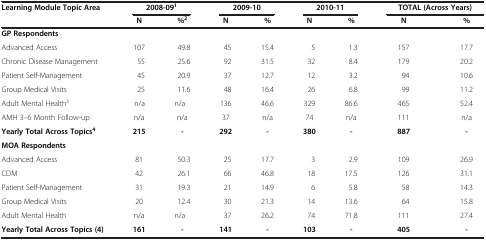
<table><thead><tr><td rowspan="2"><b>Learning Module Topic Area</b></td><td colspan="2"><b>2008-09<sup>1</sup></b></td><td colspan="2"><b>2009-10</b></td><td colspan="2"><b>2010-11</b></td><td colspan="2"><b>TOTAL (Across Years)</b></td></tr><tr><td><b>N</b></td><td><b>%<sup>2</sup></b></td><td><b>N</b></td><td><b>%</b></td><td><b>N</b></td><td><b>%</b></td><td><b>N</b></td><td><b>%</b></td></tr></thead><tbody><tr><td colspan="9"><b>GP Respondents</b></td></tr><tr><td>Advanced Access</td><td>107</td><td>49.8</td><td>45</td><td>15.4</td><td>5</td><td>1.3</td><td>157</td><td>17.7</td></tr><tr><td>Chronic Disease Management</td><td>55</td><td>25.6</td><td>92</td><td>31.5</td><td>32</td><td>8.4</td><td>179</td><td>20.2</td></tr><tr><td>Patient Self-Management</td><td>45</td><td>20.9</td><td>37</td><td>12.7</td><td>12</td><td>3.2</td><td>94</td><td>10.6</td></tr><tr><td>Group Medical Visits</td><td>25</td><td>11.6</td><td>48</td><td>16.4</td><td>26</td><td>6.8</td><td>99</td><td>11.2</td></tr><tr><td>Adult Mental Health<sup>3</sup></td><td>n/a</td><td>n/a</td><td>136</td><td>46.6</td><td>329</td><td>86.6</td><td>465</td><td>52.4</td></tr><tr><td>AMH 3–6 Month Follow-up</td><td>n/a</td><td>n/a</td><td>37</td><td>n/a</td><td>74</td><td>n/a</td><td>111</td><td>n/a</td></tr><tr><td><b>Yearly Total Across Topics</b><sup><b>4</b></sup></td><td><b>215</b></td><td><b>-</b></td><td><b>292</b></td><td><b>-</b></td><td><b>380</b></td><td><b>-</b></td><td><b>887</b></td><td><b>-</b></td></tr><tr><td colspan="9"><b>MOA Respondents</b></td></tr><tr><td>Advanced Access</td><td>81</td><td>50.3</td><td>25</td><td>17.7</td><td>3</td><td>2.9</td><td>109</td><td>26.9</td></tr><tr><td>CDM</td><td>42</td><td>26.1</td><td>66</td><td>46.8</td><td>18</td><td>17.5</td><td>126</td><td>31.1</td></tr><tr><td>Patient Self-Management</td><td>31</td><td>19.3</td><td>21</td><td>14.9</td><td>6</td><td>5.8</td><td>58</td><td>14.3</td></tr><tr><td>Group Medical Visits</td><td>20</td><td>12.4</td><td>30</td><td>21.3</td><td>14</td><td>13.6</td><td>64</td><td>15.8</td></tr><tr><td>Adult Mental Health</td><td>n/a</td><td>n/a</td><td>37</td><td>26.2</td><td>74</td><td>71.8</td><td>111</td><td>27.4</td></tr><tr><td><b>Yearly Total Across Topics (4)</b></td><td><b>161</b></td><td><b>-</b></td><td><b>141</b></td><td><b>-</b></td><td><b>103</b></td><td><b>-</b></td><td><b>405</b></td><td><b>-</b></td></tr></tbody></table>